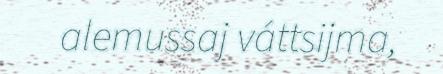
alemussaj váttsijma,